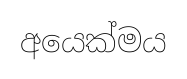
අයෙක්මය